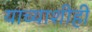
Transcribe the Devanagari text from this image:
याच्याशीही